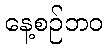
နေ့စဉ်ဘဝ